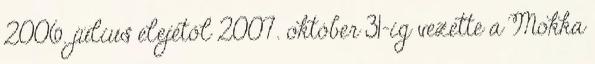
2006. július elejétől 2007. október 31-ig vezette a Mokka